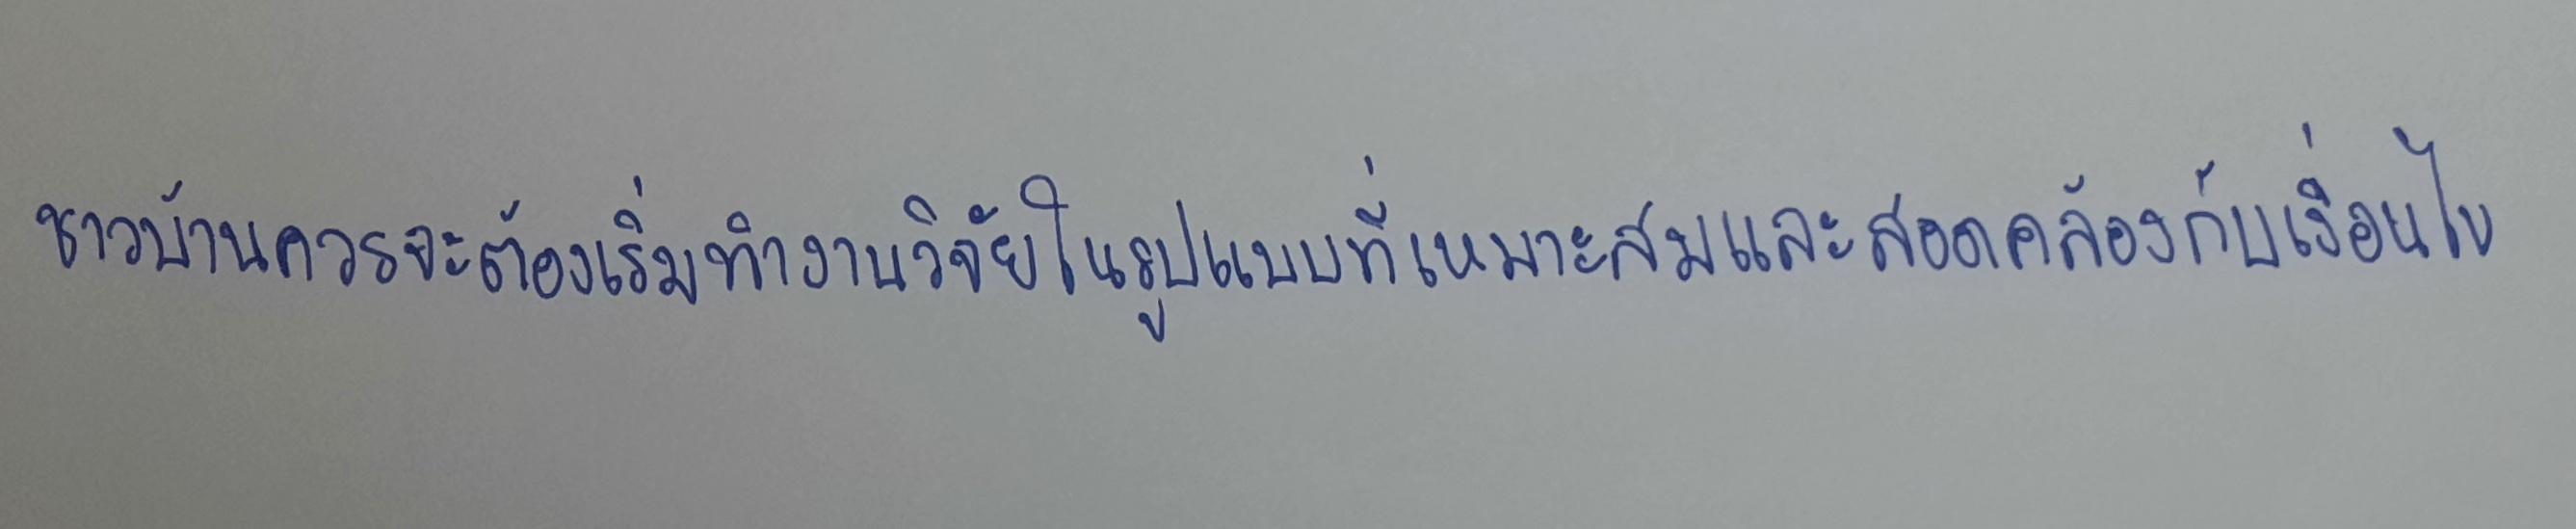
ชาวบ้านควรจะต้องเริ่มทำงานวิจัยในรูปแบบที่เหมาะสมและสอดคล้องกับเงื่อนไข